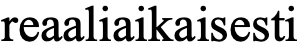
reaaliaikaisesti